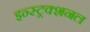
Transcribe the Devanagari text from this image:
इन्स्ट्रक्शनल